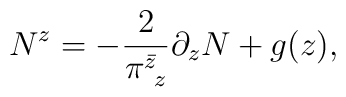
N^z = -\frac{2}{\pi^{\bar z}_{~z}}\partial_z N +g(z),